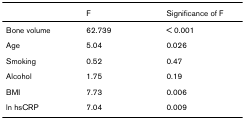
<table><thead><tr><td></td><td><b>F</b></td><td><b>Significance of F</b></td></tr></thead><tbody><tr><td>Bone volume</td><td>62.739</td><td>&lt; 0.001</td></tr><tr><td>Age</td><td>5.04</td><td>0.026</td></tr><tr><td>Smoking</td><td>0.52</td><td>0.47</td></tr><tr><td>Alcohol</td><td>1.75</td><td>0.19</td></tr><tr><td>BMI</td><td>7.73</td><td>0.006</td></tr><tr><td>ln hsCRP</td><td>7.04</td><td>0.009</td></tr></tbody></table>